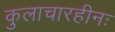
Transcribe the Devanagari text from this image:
कुलाचारहीनः